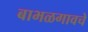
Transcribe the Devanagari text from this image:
बाभळगावचे